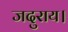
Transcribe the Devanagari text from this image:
जदुराय।